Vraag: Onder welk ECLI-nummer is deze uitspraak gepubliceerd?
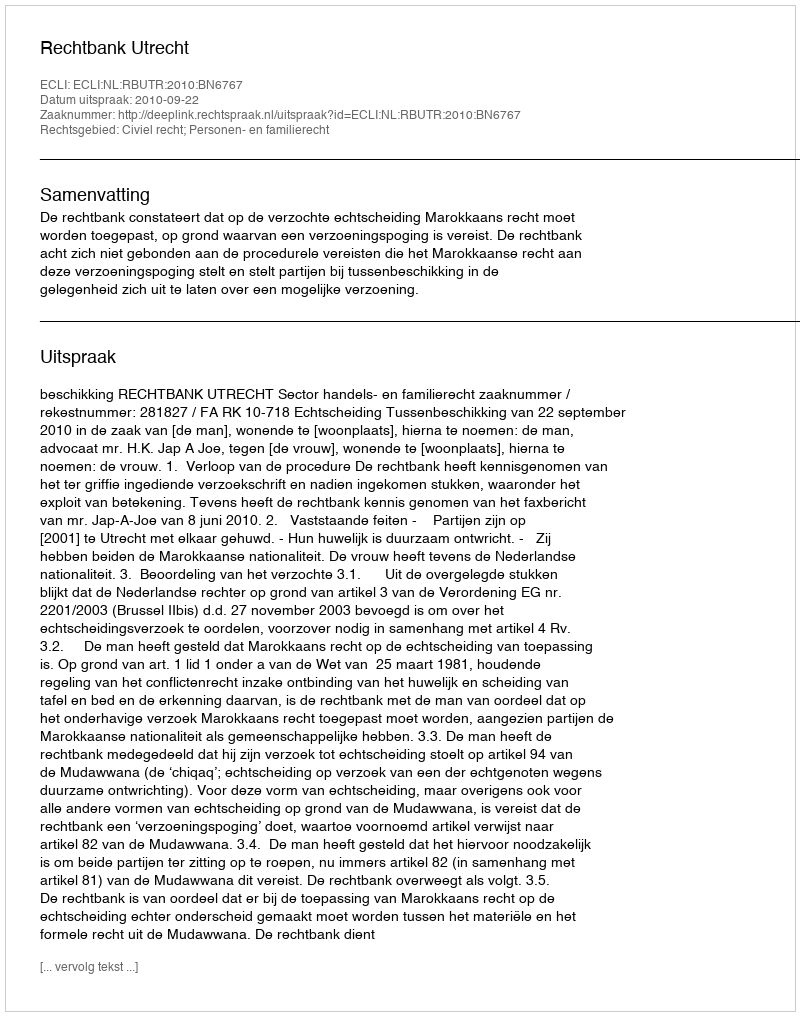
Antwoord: ECLI:NL:RBUTR:2010:BN6767